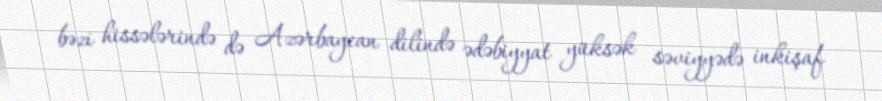
bəzi hissələrində də Azərbaycan dilində ədəbiyyat yüksək səviyyədə inkişaf